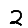
Digit: 2